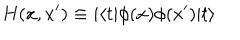
H ( x , x ^ { \prime } ) \equiv i \langle t | \phi ( x ) \phi ( x ^ { \prime } ) | t \rangle